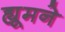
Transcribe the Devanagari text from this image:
ह्यूमने